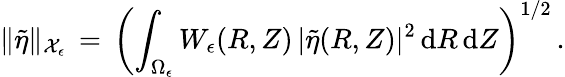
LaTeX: \| \tilde{\eta}\| _{\mathcal{X}_{\epsilon}}\, =\, \biggl(\int_{\Omega_{\epsilon}}W_{\epsilon}(R,Z)\, |\tilde{\eta}(R,Z)|^{2}\, \mathrm{d}R\, \mathrm{d}Z\biggr)^{1/2}\, .